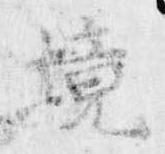
境